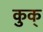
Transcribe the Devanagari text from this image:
कुक्